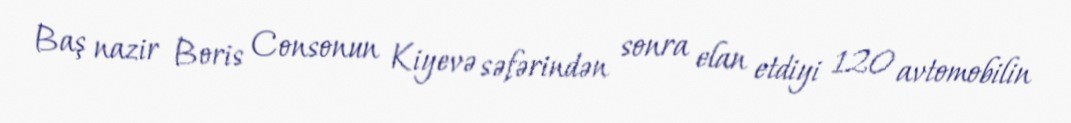
Baş nazir Boris Consonun Kiyevə səfərindən sonra elan etdiyi 120 avtomobilin